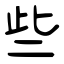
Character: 些